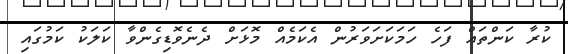
ކުރާ ކަންތައް ފަހެ ހަމަަކަށަވަރުން އެކަމެއް މޮޅަށް ދެނެވޮޑިގެންވާ ކަލަކު ކަމުގައި